Report on the lunatic asylums under the Government of Bombay - 1904-1913
Year: 1904
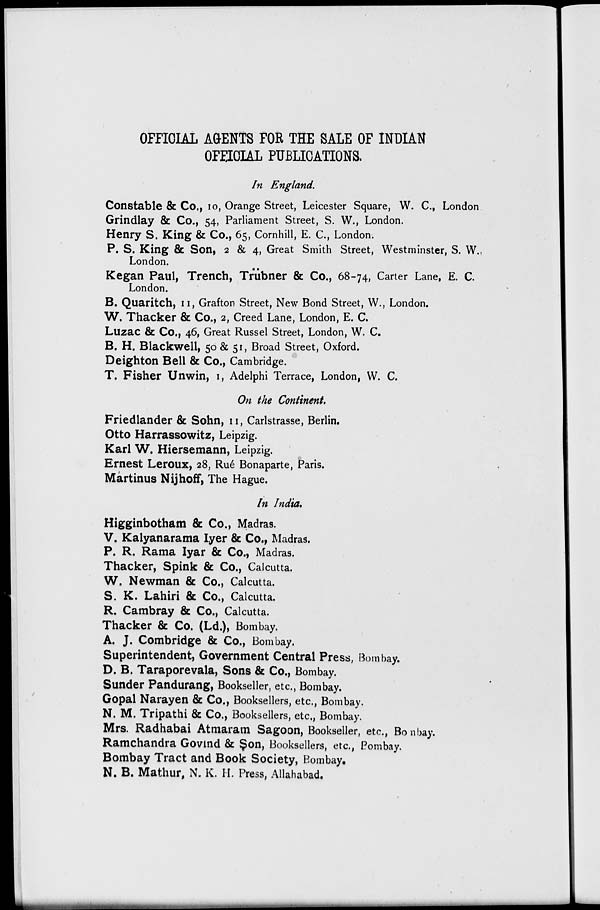
OFFICIAL AGENTS FOR THE SALE OF INDIAN
OFFICIAL PUBLICATIONS.
In England.
Constable & Co., 10, Orange Street, Leicester Square, W. C., London
Grindlay & Co., 54, Parliament Street, S. W., London.
Henry S. King & Co., 65, Cornhill, E. C., London.
P. S. King & Son, 2 & 4, Great Smith Street, Westminster, S. W.
London.
Kegan Paul, Trench, Trübner & Co., 68-74, Carter Lane, E. C.
London.
B. Quaritch, 11, Grafton Street, New Bond Street, W., London.
W. Thacker & Co., 2, Creed Lane, London, E. C.
Luzac & Co., 46, Great Russel Street, London, W. C.
B. H. Blackwell, 50 & 51, Broad Street, Oxford.
Deighton Bell & Co., Cambridge.
T. Fisher Unwin, 1, Adelphi Terrace, London. W. C.
On the Continent
Friedlander & Sohn, 11, Carlstrasse, Berlin.
Otto Harrassowitz, Leipzig.
Karl W. Hiersemann, Leipzig.
Ernest Leroux, 28, Rué Bonaparte, Paris.
Martinus Nijhoff, The Hague.
In India.
Higginbotham & Co., Madras.
V. Kalyanarama Iyer & Co., Madras.
P. R. Rama Iyar & Co., Madras.
Thacker, Spink & Co., Calcutta.
W. Newman & Co., Calcutta.
S. K. Lahiri & Co., Calcutta.
R. Cambray & Co., Calcutta.
Thacker & Co. (Ld.), Bombay.
A. J. Combridge & Co., Bombay.
Superintendent, Government Central Press, Bombay.
D. B. Taraporevala, Sons & Co., Bombay.
Sunder Pandurang, Bookseller, etc., Bombay.
Gopal Narayen & Co., Booksellers, etc., Bombay.
N. M. Tripathi & Co., Booksellers, etc, Bombay.
Mrs. Radhabai Atmaram Sagoon, Bookseller, etc., Bombay.
Ramchandra Govind & Son, Booksellers, etc., Bombay.
Bombay Tract and Book Society, Bombay.
N. B. Mathur, N. K. H. Press, Allahabad.